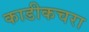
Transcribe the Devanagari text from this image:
काडीकचरा